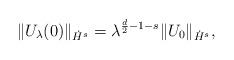
LaTeX: \begin{align*}\|U_{\lambda}(0)\|_{\dot{H}^s}=\lambda^{\frac{d}{2}-1-s}\|U_0\|_{\dot{H}^s},\end{align*}